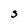
Character: S